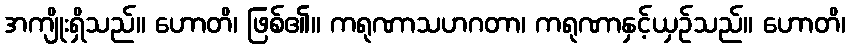
အကျိုးရှိသည်။ ဟောတိ၊ ဖြစ်၏။ ကရုဏာသဟဂတာ၊ ကရုဏာနှင့်ယှဉ်သည်။ ဟောတိ၊